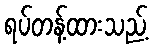
ရပ်တန့်ထားသည့်